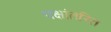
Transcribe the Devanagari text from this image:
पक्षांतरित